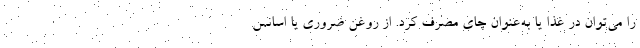
را می‌توان در غذا یا به‌عنوان چای مصرف کرد. از روغن ضروری یا اسانس